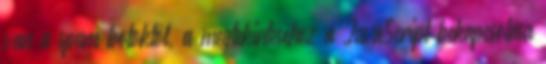
van a spam botoktól, a megtekintéséhez a JavaScript bekapcsolása